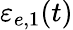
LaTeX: \varepsilon_{e,1}(t)